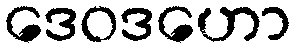
ဒေဝဒဟော